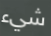
شيء